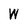
Character: W